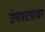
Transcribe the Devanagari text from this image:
उंचवटय़ावर